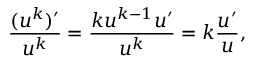
{ \frac { ( u ^ { k } ) ^ { \prime } } { u ^ { k } } } = { \frac { k u ^ { k - 1 } u ^ { \prime } } { u ^ { k } } } = k { \frac { u ^ { \prime } } { u } } ,